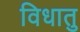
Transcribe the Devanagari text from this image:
विधातु